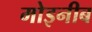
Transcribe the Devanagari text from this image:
मोइनीब